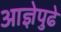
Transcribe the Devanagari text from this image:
आज्ञेपुढे